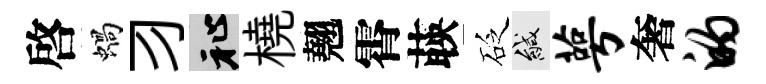
啓蝸习祉橈翹霄𦴤砭緘萼奢的